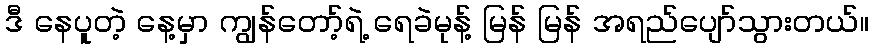
ဒီ နေပူတဲ့ နေ့မှာ ကျွန်တော့်ရဲ့ ရေခဲမုန့် မြန် မြန် အရည်ပျော်သွားတယ်။